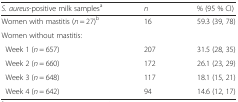
<table><thead><tr><td><b><i>S. aureus</i>-positive milk samples<sup>a</sup></b></td><td><b><i>n</i></b></td><td><b>% (95 % CI)</b></td></tr></thead><tbody><tr><td>Women with mastitis (<i>n</i> = 27)<sup>b</sup></td><td>16</td><td>59.3 (39, 78)</td></tr><tr><td>Women without mastitis:</td><td></td><td></td></tr><tr><td> Week 1 (<i>n</i> = 657)</td><td>207</td><td>31.5 (28, 35)</td></tr><tr><td> Week 2 (<i>n</i> = 660)</td><td>172</td><td>26.1 (23, 29)</td></tr><tr><td> Week 3 (<i>n</i> = 648)</td><td>117</td><td>18.1 (15, 21)</td></tr><tr><td> Week 4 (<i>n</i> = 642)</td><td>94</td><td>14.6 (12, 17)</td></tr></tbody></table>